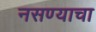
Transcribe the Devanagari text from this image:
नसण्याचा